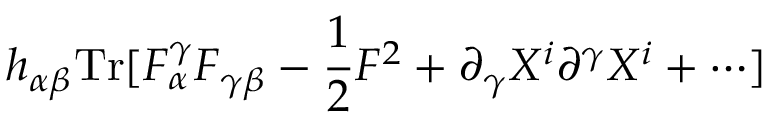
h _ { \alpha \beta } \mathrm { T r } [ F _ { \alpha } ^ { \gamma } F _ { \gamma \beta } - { \frac { 1 } { 2 } } F ^ { 2 } + \partial _ { \gamma } X ^ { i } \partial ^ { \gamma } X ^ { i } + \cdots ]